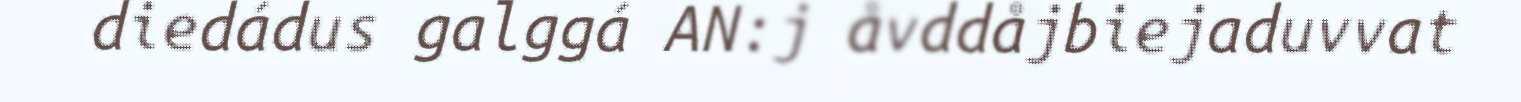
diedádus galggá AN:j åvddåjbiejaduvvat